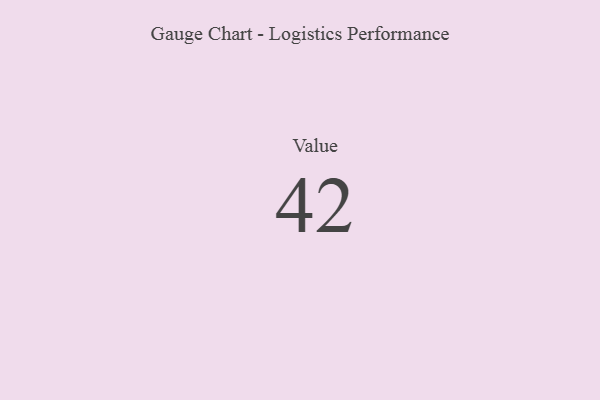
{"axis": {"x": "Metric", "y": "Value"}, "legend": [""], "data": [{"x": "Value", "y": 42, "type": ""}]}